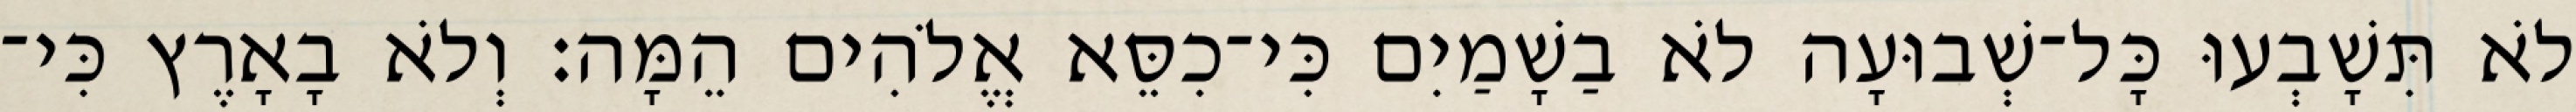
לֹא תִּשָׁבְעוּ כָּל־שְׁבוּעָה לֹא בַשָׁמַיִם כִּי־כִסֵּא אֱלֹהִים הֵמָּה׃ וְלֹא בָאָרֶץ כִּי־